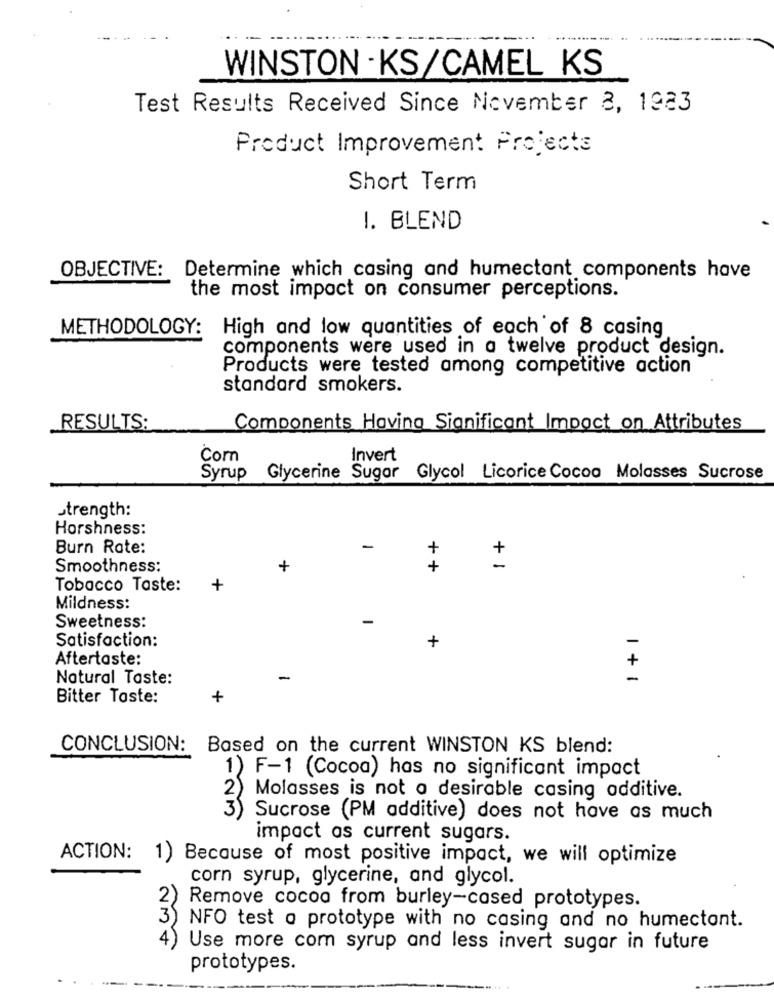
--
WINSTON -KS/CAMEL KS
Test Results Received Since November 8, 1923
Product Improvement Projects
Short Term
I. BLEND
OBJECTIVE: Determine which casing and humectant components have
the most impact on consumer perceptions.
METHODOLOGY:
High and low quantities of each of 8 casing
components were used in a twelve product design.
Products were tested among competitive action
standard smokers.
_RESULTS:
Components Having Significant Impact on Attributes
Corn
Invert
Syrup
Glycerine Sugar Glycol Licorice Cocoa Molasses Sucrose
strength:
Horshness:
Burn Rate:
-
+
Smoothness:
+
+
+ 1
Tobacco Taste:
+
Mildness:
-
Sweetness:
Satisfaction:
+
-
Aftertaste:
+
Natural Taste:
-
-
Bitter Taste:
+
CONCLUSION:
Based on the current WINSTON KS blend:
1) F-1 (Cocoa) has no significant impact
2) Molasses is not a desirable casing additive.
3)
Sucrose (PM additive) does not have as much
impact as current sugars.
ACTION:
1) Because of most positive impact, we will optimize
corn syrup, glycerine, and glycol.
2
Remove cocoa from burley-cased prototypes.
3
NFO test a prototype with no casing and no humectant.
4
Use more com syrup and less invert sugar in future
prototypes.